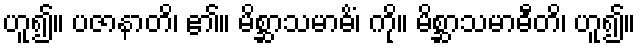
ဟူ၍။ ပဇာနာတိ၊ ၏။ မိစ္ဆာသမာဓိံ၊ ကို။ မိစ္ဆာသမာဓီတိ၊ ဟူ၍။